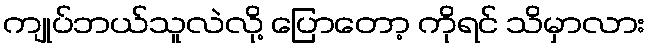
ကျုပ်ဘယ်သူလဲလို့ ပြောတော့ ကိုရင် သိမှာလား